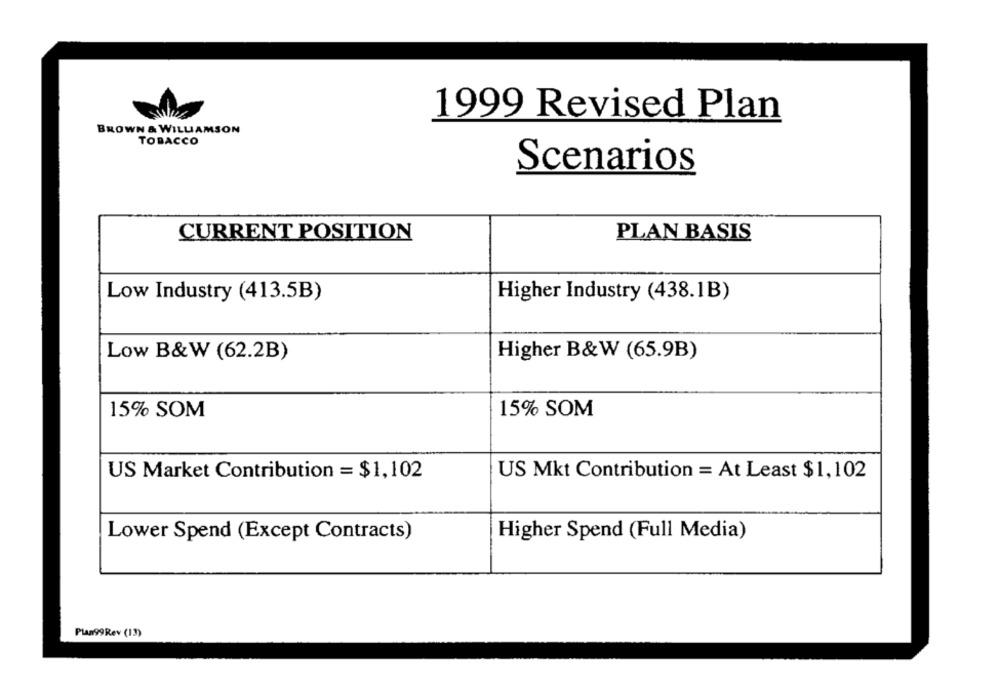
1999 Revised Plan
BROWN & WILLIAMSON
TOBACCO
Scenarios
CURRENT POSITION
PLAN BASIS
Low Industry (413.5B)
Higher Industry (438.1B)
Low B&W (62.2B)
Higher B&W (65.9B)
15% SOM
15% SOM
US Market Contribution = $1,102
US Mkt Contribution = At Least $1,102
Lower Spend (Except Contracts)
Higher Spend (Full Media)
Plan99Rev (13)